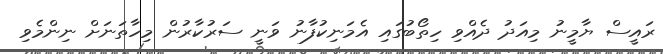
ރައީސް ޔާމީނު މިއަދު ދެއްވި ހިތޯބުގައި އެމަނިކުފާނު ވަނީ ސަރުކާރުން މިހާތަނަށް ނިންމެވި